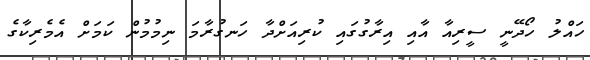
ހައްލު ހޯދޭނީ ސީރިއާ އާއި އިރާގުގައި ކުރިއަށްދާ ހަނގުރާމަ ނިމުމުން ކަމަށް އެމެރިކާގެ